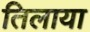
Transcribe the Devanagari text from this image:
तिलाया